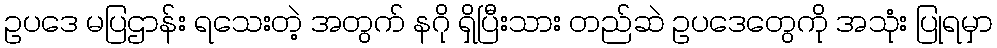
ဥပဒေ မပြဌာန်း ရသေးတဲ့ အတွက် နဂို ရှိပြီးသား တည်ဆဲ ဥပဒေတွေကို အသုံး ပြုရမှာ